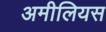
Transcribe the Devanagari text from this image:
अमीलियस